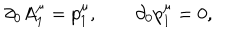
\partial _ { 0 } A _ { 1 } ^ { \mu } = p _ { 1 } ^ { \mu } , \qquad \partial _ { 0 } p _ { 1 } ^ { \mu } = 0 ,